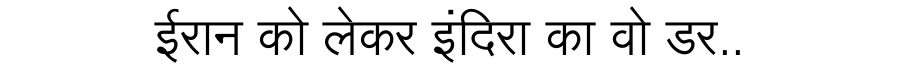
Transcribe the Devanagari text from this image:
ईरान को लेकर इंदिरा का वो डर..